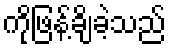
ကိုဖြန့်ချိခဲ့သည်